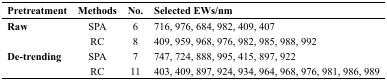
<table><thead><tr><td><b>Pretreatment</b></td><td><b>Methods</b></td><td><b>No.</b></td><td><b>Selected EWs/nm</b></td></tr></thead><tbody><tr><td rowspan="2"><b>Raw</b></td><td>SPA</td><td>6</td><td>716, 976, 684, 982, 409, 407</td></tr><tr><td>RC</td><td>8</td><td>409, 959, 968, 976, 982, 985, 988, 992</td></tr><tr><td rowspan="2"><b>De-trending</b></td><td>SPA</td><td>7</td><td>747, 724, 888, 995, 415, 897, 922</td></tr><tr><td>RC</td><td>11</td><td>403, 409, 897, 924, 934, 964, 968, 976, 981, 986, 989</td></tr></tbody></table>